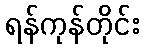
ရန်ကုန်တိုင်း